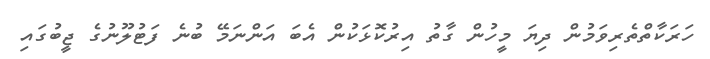
ހަރަކާތްތެރިވަމުން ދިޔަ މީހުން ގާތު އިރުކޮޅަކުން އެބަ އަންނަމޭ ބުނެ ފަޓުލޫނުގެ ޖީބުގައި